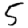
Digit: 5